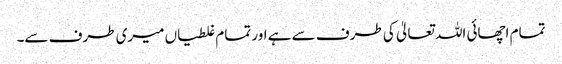
تمام اچھائی اللہ تعالیٰ کی طرف سے ہے اور تمام غلطیاں میری طرف سے۔